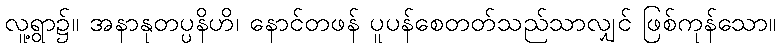
လူ့ရွာ၌။ အနာနုတပ္ပနိဟိ၊ နောင်တဖန် ပူပန်စေတတ်သည်သာလျှင် ဖြစ်ကုန်သော။